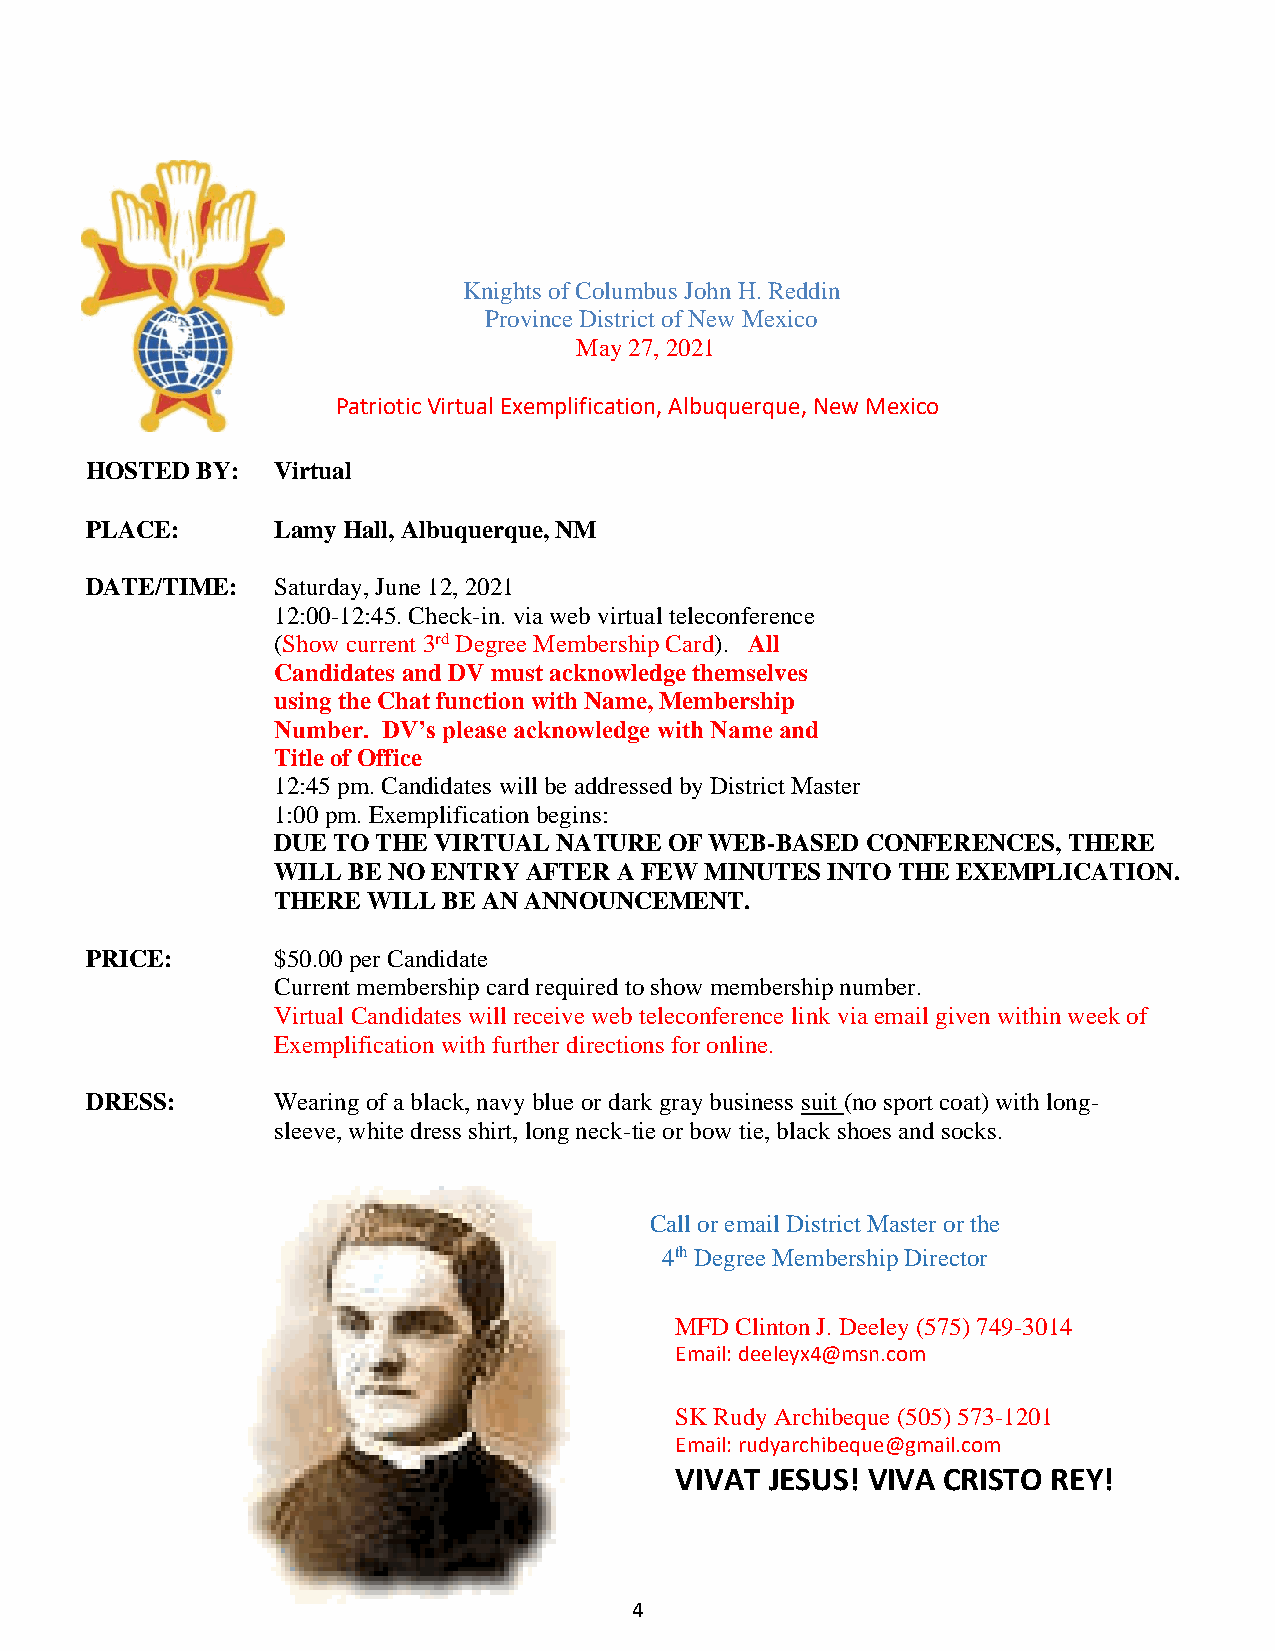
Knights of Columbus John H. Reddin
 Province District of New Mexico
 May 27, 2021
 Patriotic Virtual Exemplification, Albuquerque, New Mexico
 HOSTED BY:  Virtual
 PLACE:      Lamy Hall, Albuquerque, NM
 DATE/TIME:  Saturday, June 12, 2021
 12:00-12:45. Check-in. via web virtual teleconference
 (Show current 3rd Degree Membership Card). All
 Candidates and DV must acknowledge themselves
 using the Chat function with Name, Membership
 Number. DV’s please acknowledge with Name and
 Title of Office
 12:45 pm. Candidates will be addressed by District Master
 1:00 pm. Exemplification begins:
 DUE TO THE VIRTUAL NATURE OF WEB-BASED CONFERENCES,  THERE
 WILL BE NO ENTRY AFTER A FEW MINUTES INTO THE EXEMPLICATION.
 THERE WILL BE AN ANNOUNCEMENT.
 PRICE:      $50.00 per Candidate
 Current membership card required to show membership number.
 Virtual Candidates will receive web teleconference link via email given within week of
 Exemplification with further directions for online.
 DRESS:      Wearing of a black, navy blue or dark gray business suit (no sport coat) with long-
 sleeve, white dress shirt, long neck-tie or bow tie, black shoes and socks.
 Call or email District Master or the
 4th Degree Membership Director
 MFD Clinton J. Deeley (575) 749-3014
 Email: deeleyx4@msn.com
 SK Rudy Archibeque (505) 573-1201
 Email: rudyarchibeque@gmail.com
 VIVAT JESUS! VIVA CRISTO REY!
 4